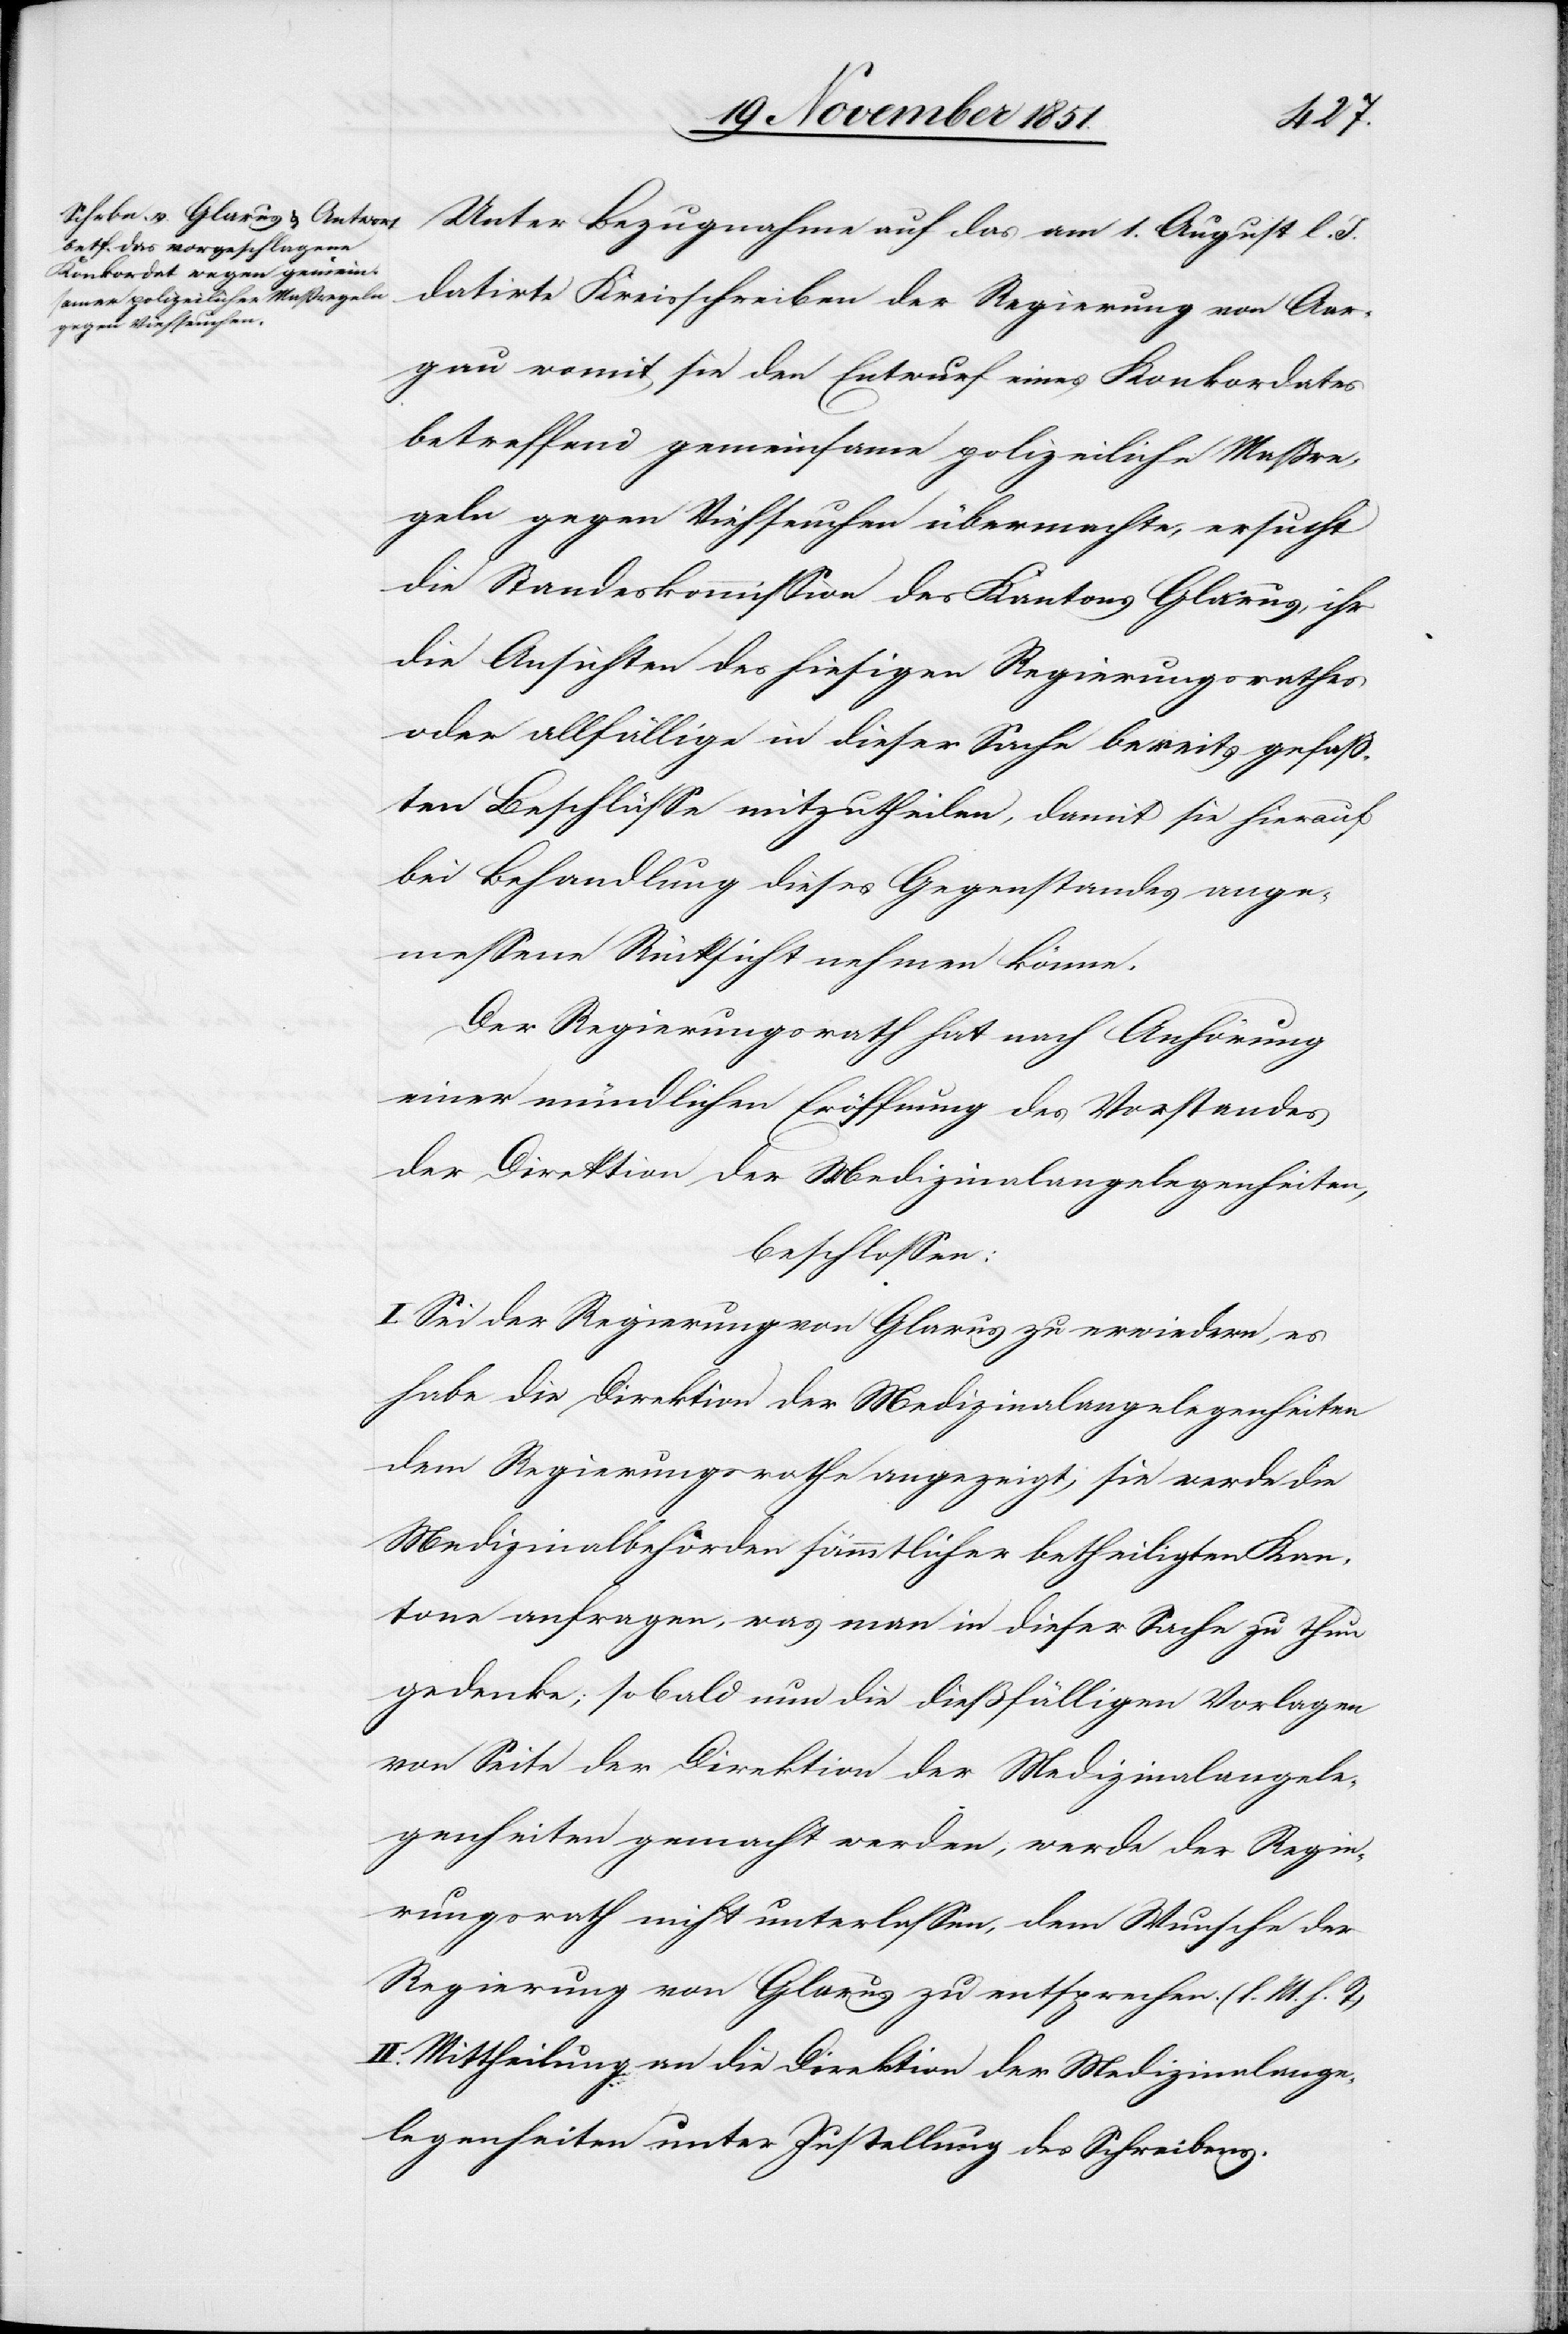
Unter Bezugnahme auf das am 1. August l. J.
datirte Kreisschreiben der Regierung von Aar¬
gau womit sie den Entwurf eines Konkordates
betreffend gemeinsame polizeiliche Maßre¬
geln gegen Viehseuchen übermachte, ersucht
die Standeskommission des Kantons Glarus, ihr
die Ansichten des hiesigen Regierungsrathes
oder allfällige in dieser Sache bereits gefaß¬
ten Beschlüsse mitzutheilen, damit sie hierauf
bei Behandlung dieses Gegenstandes ange¬
messene Rücksicht nehmen könne.
Der Regierungsrath hat nach Anhörung
einer mündlichen Eröffnung des Vorstandes
der Direktion der Medizinalangelegenheiten,
beschlossen:
I. Sei der Regierung von Glarus zu erwiedern, es
habe die Direktion der Medizinalangelegenheiten
dem Regierungsrathe angezeigt, sie werde die
Medizinalbehörden sämmtlicher betheiligten Kan¬
tone anfragen, was man in dieser Sache zu thun
gedenke; sobald nun die dießfälligen Vorlagen
von Seite der Direktion der Medizinalangele¬
genheiten gemacht werden, werde der Regie¬
rungsrath nicht unterlassen, dem Wunsche der
Regierung von Glarus zu entsprechen. (l. M. h. T)
II. Mittheilung an die Direktion der Medizinalange¬
legenheiten unter Zustellung des Schreibens.